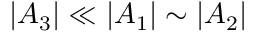
| A _ { 3 } | \ll | A _ { 1 } | \sim | A _ { 2 } |